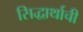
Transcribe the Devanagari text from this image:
सिद्धार्थाची